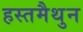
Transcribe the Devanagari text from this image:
हस्‍तमैथुन